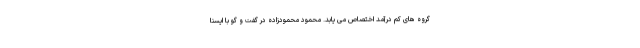
گروه های کم درآمد اختصاص می یابد. محمود محمودزاده در گفت و گو با ایسنا